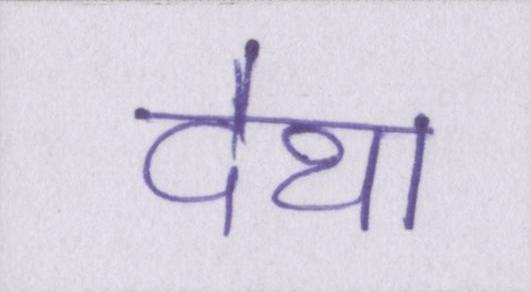
देथा